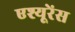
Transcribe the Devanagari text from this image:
एश्यूरेंस